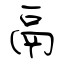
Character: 鬲